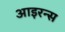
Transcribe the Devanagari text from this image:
आइरन्स